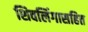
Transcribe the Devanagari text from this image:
शिवलिंगासहित